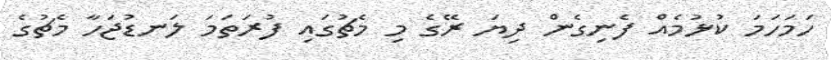
ހަމަހަމަ ކުޅުމެއް ފެނިގެން ދިޔަ ރޭގެ މި މެޗުގައި ފުރަތަމަ ލަނޑުޖަހާ މެޗުގެ